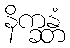
နိက္ခန္တံ